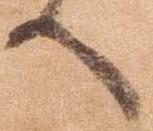
へ